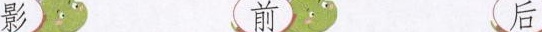
影 前 后